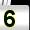
Digit: 5